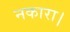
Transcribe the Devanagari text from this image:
नकारा।